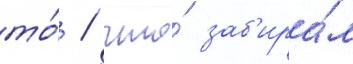
то́ / что́ заб'ира́л